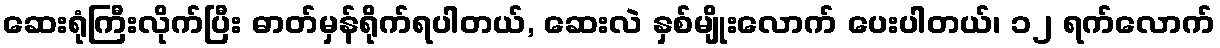
ဆေးရုံကြီးလိုက်ပြီး ဓာတ်မှန်ရိုက်ရပါတယ်, ဆေးလဲ နှစ်မျိုးလောက် ပေးပါတယ်၊ ၁၂ ရက်လောက်